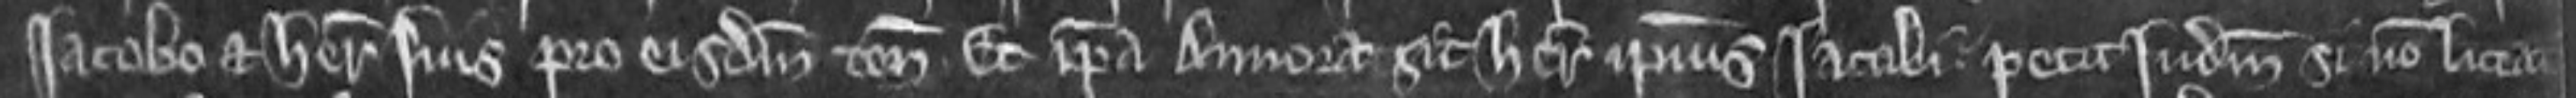
Jacobo et heredibus suis pro eisdem tenementis et ipsa Annora sit heres ipsius Jacobi. petit judicium si non liceat